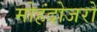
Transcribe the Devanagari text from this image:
मोहंदोजरो